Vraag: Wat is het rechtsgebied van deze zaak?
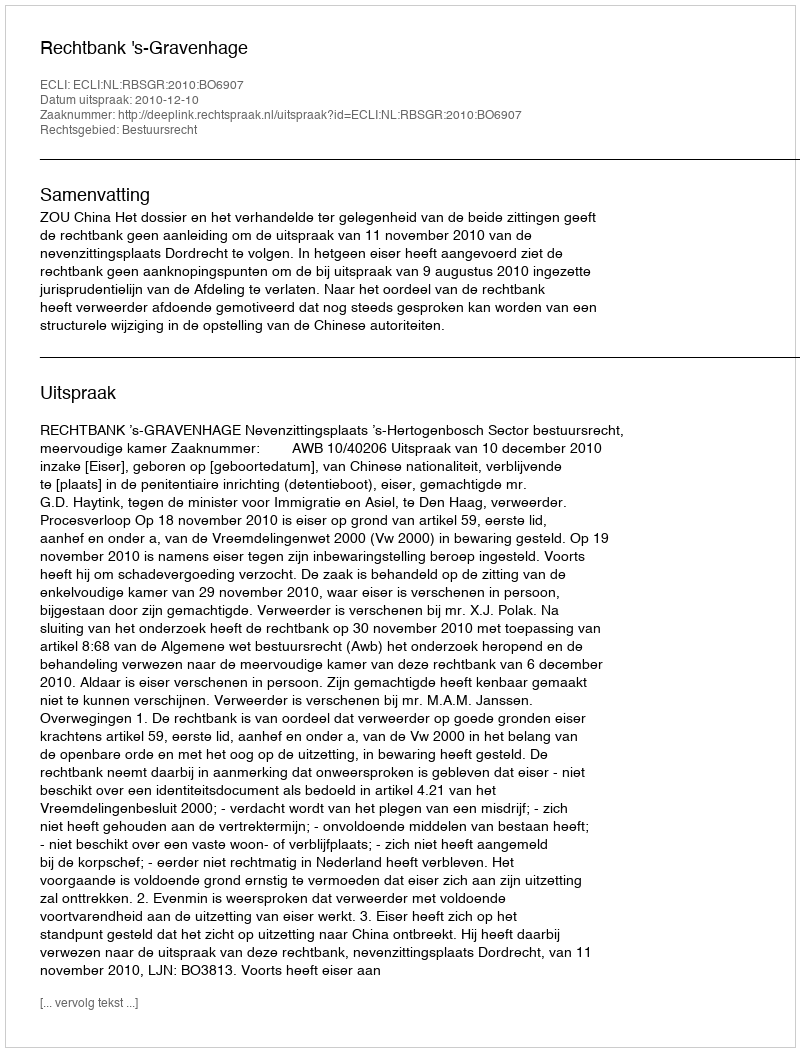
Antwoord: Bestuursrecht